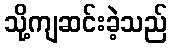
သို့ကျဆင်းခဲ့သည်